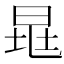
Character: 𣆷